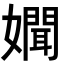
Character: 𡣟